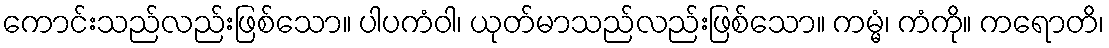
ကောင်းသည်လည်းဖြစ်သော။ ပါပကံဝါ၊ ယုတ်မာသည်လည်းဖြစ်သော။ ကမ္မံ၊ ကံကို။ ကရောတိ၊